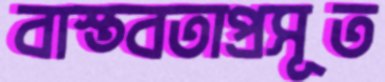
বাস্তবতাপ্রসূত